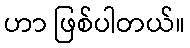
ဟာ ဖြစ်ပါတယ်။